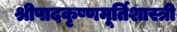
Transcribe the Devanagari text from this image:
श्रीपादकृष्णमूर्तिशास्त्री